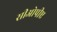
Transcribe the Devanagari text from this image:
सीओपीए